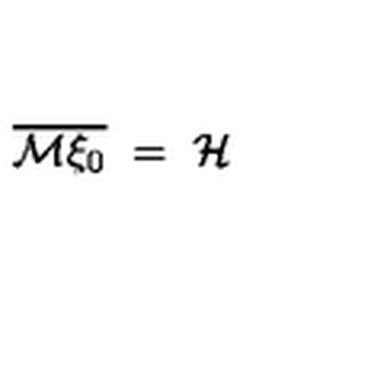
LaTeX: \overline { { { \mathcal M } \xi _ { 0 } } } \ = \ { \mathcal H } \